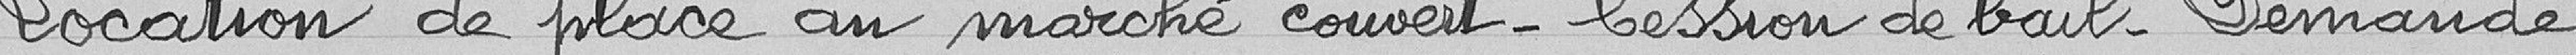
Location de place au marché couvert - Cession de bail - Demande